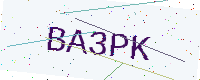
Text: BA3PK